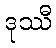
ဒုဿီ